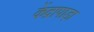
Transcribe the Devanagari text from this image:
केंद्रापाड़ा